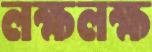
লক্ষলক্ষ